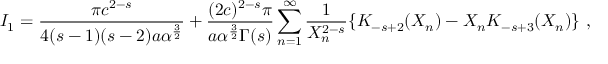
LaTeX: I _ { 1 } = { \frac { \pi c ^ { 2 - s } } { 4 ( s - 1 ) ( s - 2 ) a \alpha ^ { \frac { 3 } { 2 } } } } + { \frac { ( 2 c ) ^ { 2 - s } \pi } { a \alpha ^ { \frac { 3 } { 2 } } \Gamma ( s ) } } \sum _ { n = 1 } ^ { \infty } \frac { 1 } { X _ { n } ^ { 2 - s } } \{ K _ { - s + 2 } ( X _ { n } ) - X _ { n } K _ { - s + 3 } ( X _ { n } ) \} \ ,